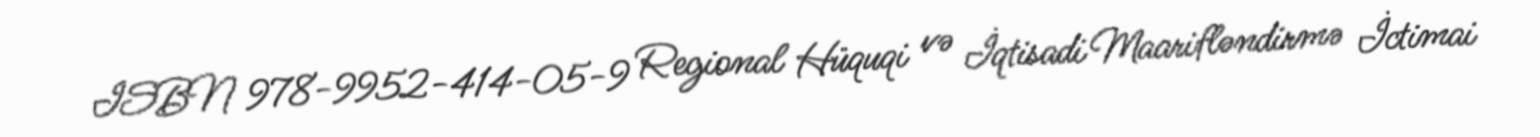
ISBN 978-9952-414-05-9 Regional Hüquqi və İqtisadi Maarifləndirmə İctimai